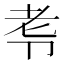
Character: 𭅷